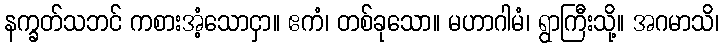
နက္ခတ်သဘင် ကစားအံ့သောငှာ။ ဧကံ၊ တစ်ခုသော။ မဟာဂါမံ၊ ရွာကြီးသို့။ အဂမာသိ၊